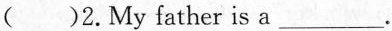
( )2.My father is a___.